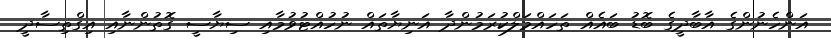
އަންހެނުންގެ އާބާދީގެ ބޮޑު ބައެއް ތަހައްމަލްކުރަމުންދާ އަނިޔާތައް ނުހުއްޓުވުމާއި ސިޔާސީ ގޮތުންނާއި އިގްތިސާދީ